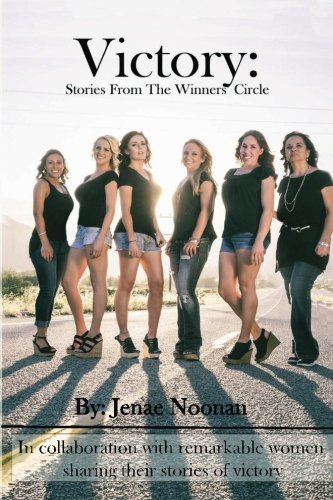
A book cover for Victory: Stories From the Winners' Circle; Jenae Noonan; Biographies & Memoirs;